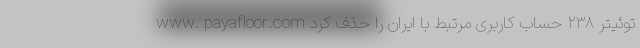
www. payafloor.com توئیتر ۲۳۸ حساب‌ کاربری مرتبط با ایران را حذف کرد